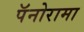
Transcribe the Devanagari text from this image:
पॅनोरामा